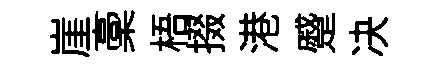
崖稾梧掇港蹙决